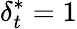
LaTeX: \delta_{t}^{*}=1